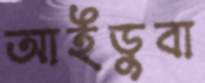
আইডুবা